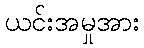
ယင်းအမှုအား